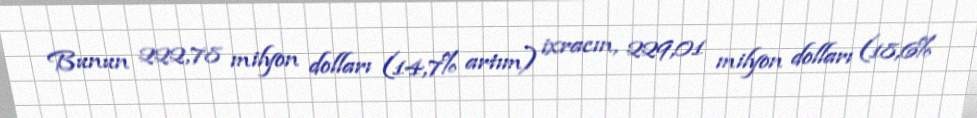
Bunun 222,78 milyon dolları (14,7% artım) ixracın, 229,01 milyon dolları (18,6%